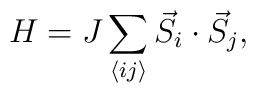
H=J\sum_{\langle ij \rangle}\vec{S}_{i}\cdot\vec{S}_{j},